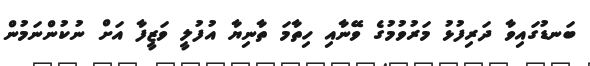
ބަނޑުގައިވާ ދަރިފުޅު މަރުވުމުގެ ވޭނާއި ހިތާމަ ތާނިޔާ އުފުލީ ވަޒީފާ އަށް ނުކުންނަމުން